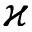
\varkappa